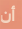
أن